Civil Veterinary Department Bihar & Orissa reports 1929-36 - 1929-1936
Year: 1929
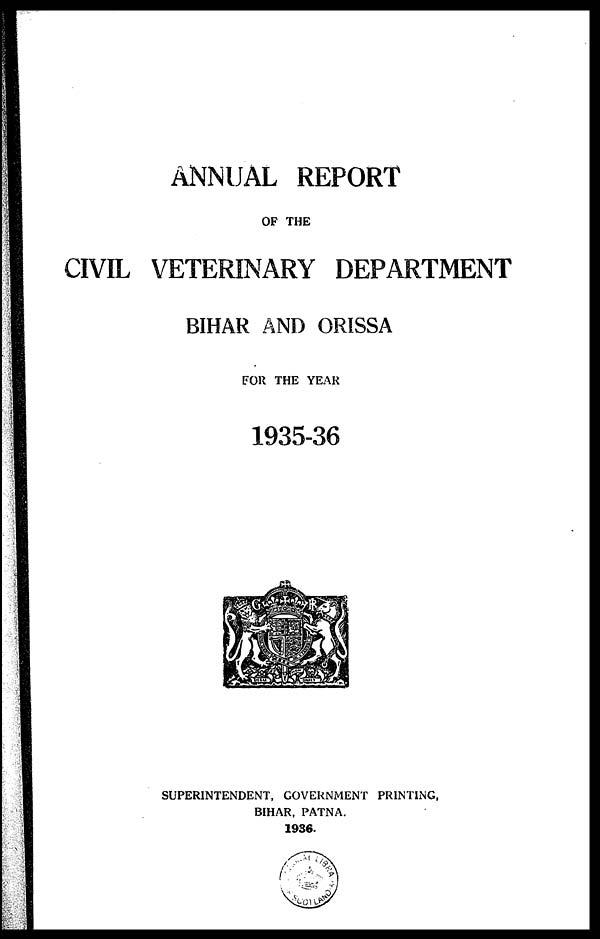
ANNUAL REPORT
OF THE
CIVIL VETERINARY DEPARTMENT
BIHAR AND ORISSA
FOR THE YEAR
1935-36
SUPERINTENDENT, GOVERNMENT PRINTING,
BIHAR, PATNA.
1936.